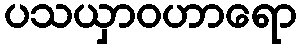
ပသယှာဝဟာရော